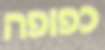
כפופה